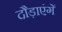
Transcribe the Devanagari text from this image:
दौड़ाएंगें